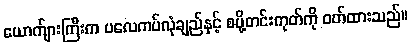
ယောက်ျားကြီးက ပလေကပ်လုံချည်နှင့် စပို့တင်းကုတ်ကို ဝတ်ထားသည်။